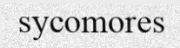
sycomores